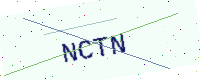
Text: NCTN